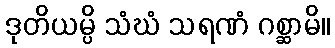
ဒုတိယမ္ပိ သံဃံ သရဏံ ဂစ္ဆာမိ။